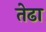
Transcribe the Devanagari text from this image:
तेढा